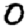
Digit: 0